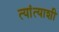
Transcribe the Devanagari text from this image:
त्यांत्याशी